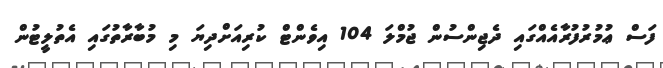
ފަސް ޢުމުރުފުރާއެއްގައި ދެޖިންސުން ޖުމްލަ 104 އިވެންޓް ކުރިއަށްދިޔަ މި މުބާރާތުގައި އެތުލީޓުން